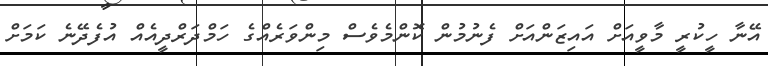
އޭނާ ހީކުރީ މާވީއަށް އައިޒަންއަށް ފެނުމުން ކޮންމެވެސް މިންވަރެއްގެ ހަމްދަރްދީއެއް އުފެދޭނެ ކަމަށް